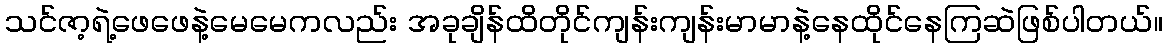
သင်ဇာ့ရဲ့ဖေဖေနဲ့မေမေကလည်း အခုချိန်ထိတိုင်ကျန်းကျန်းမာမာနဲ့နေထိုင်နေကြဆဲဖြစ်ပါတယ်။